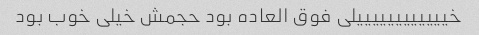
خییییییییییییلی فوق العاده بود حجمش خیلی خوب بود